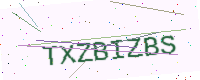
Text: TXZBIZBS